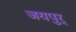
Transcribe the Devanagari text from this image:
जयपुर्